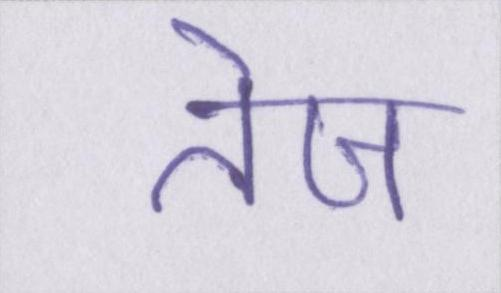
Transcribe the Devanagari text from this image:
तेज